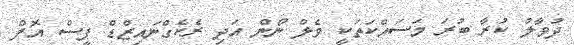
ދުވާލު ކުރާ ބުރަ މަސައްކަތަކީ ވެލް ނޯން އަދި ރެކެގްނައިޒްޑް ޕީސް އޮފް